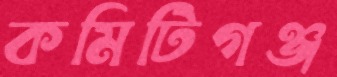
কমিটিগঞ্জ